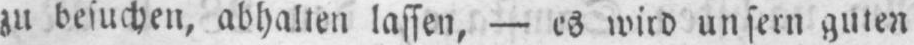
zu besuchen, abhalten lassen, - es wird unsern guten